Annual returns of the Patna Lunatic Asylum at Bankipore in Bihar and Orissa - 1912-1924
Year: 1912
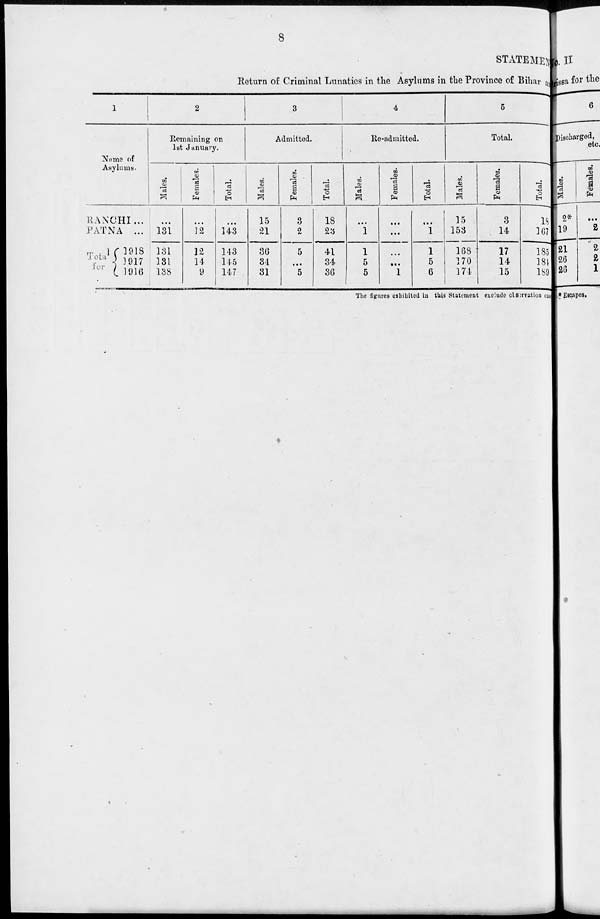
8
STATEMENT
Return of Criminal Lunatics in the Asylums in the Province of Bihar and
1
Name of
Asylums.
RANCHI ...
PATNA ...
Total for
1918
1917
1916
2
Remaining on
1st January.
Males.
...
131
131
131
138
Females.
...
12
12
14
9
Total.
...
143
143
145
147
3
Admitted.
Males.
15
21
36
34
31
Females.
3
2
5
...
5
Total.
18
23
41
34
36
4
Re-admitted.
Males.
...
1
1
5
5
Females.
...
...
...
...
1
Total.
...
1
1
5
6
5
Total.
Males.
15
153
168
170
174
Females.
3
14
17
14
15
Total.
18
167
185
184
189
The figures exhibited in this Statement exclude observation cases